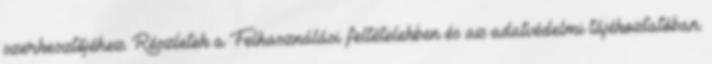
szerkesztőjéhez. Részletek a Felhasználási feltételekben és az adatvédelmi tájékoztatóban.